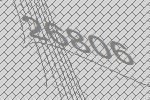
26806